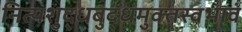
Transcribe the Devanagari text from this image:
नित्यशुद्धबुद्धमुक्तस्वभावं